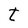
Character: t